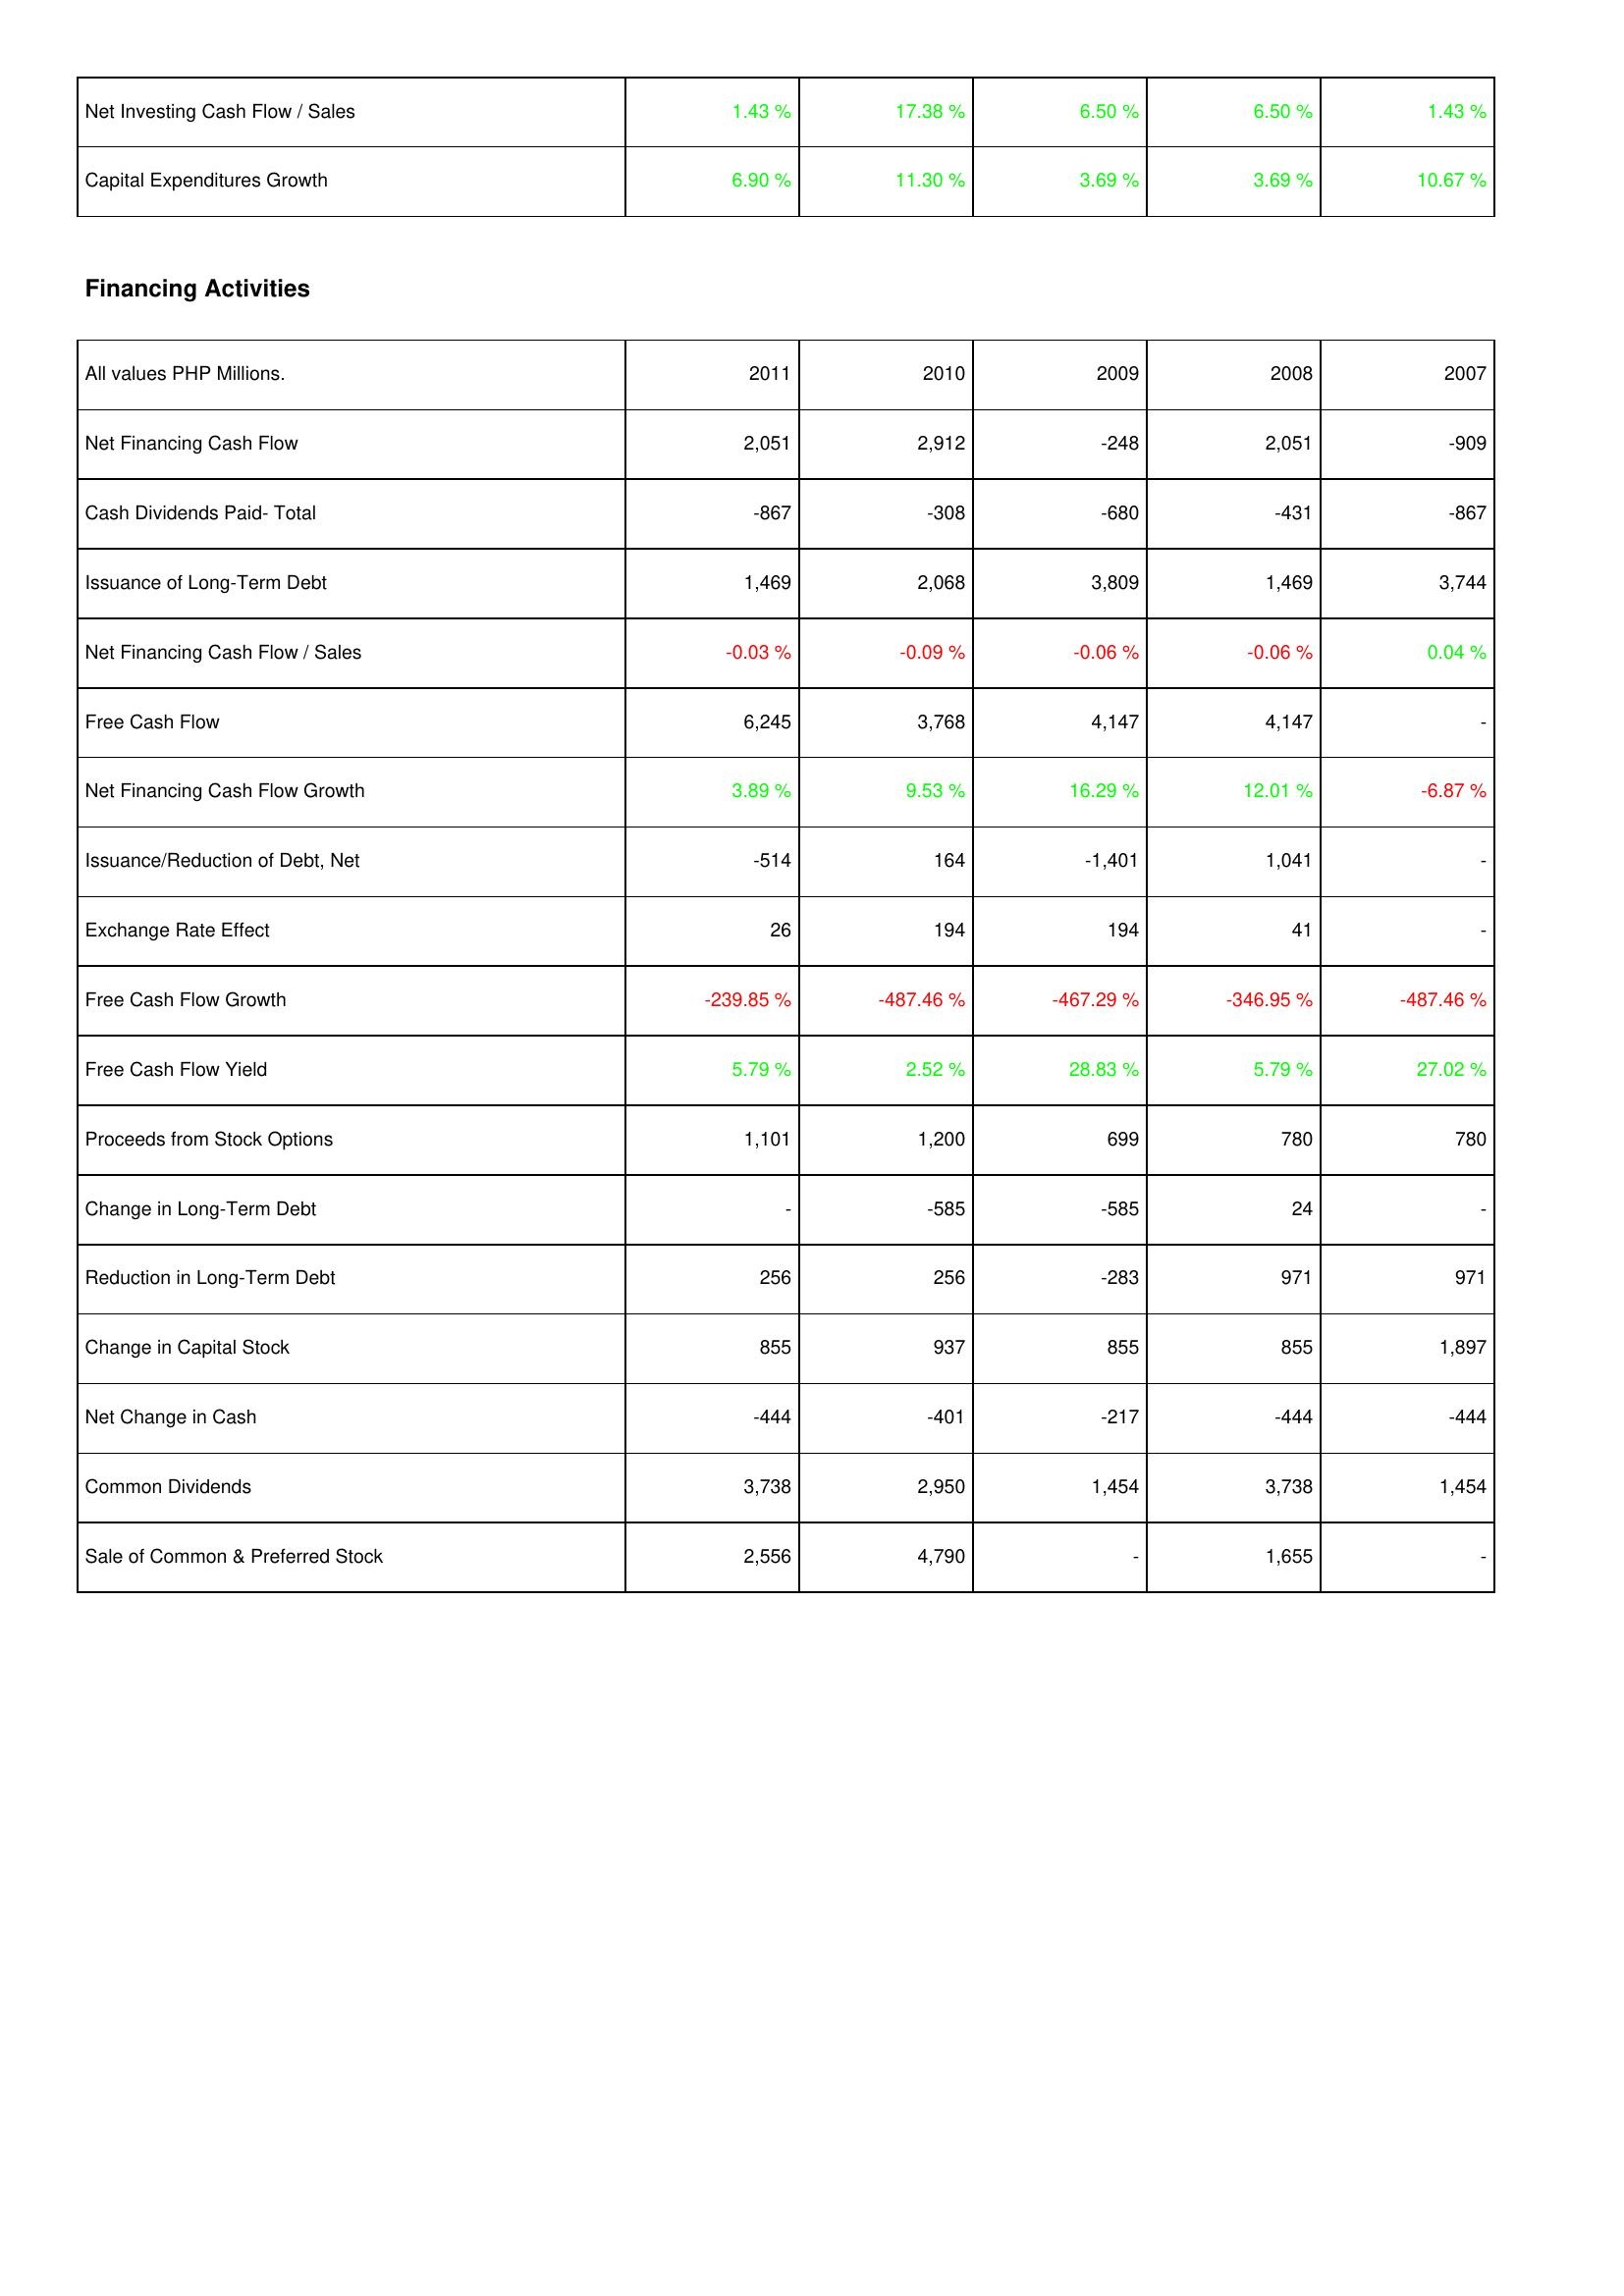
2011: Investing Activities: Net Investing Cash Flow / Sales: 1.43 %
Capital Expenditures Growth: 6.90 %
Financing Activities: Net Financing Cash Flow: 2,051
Cash Dividends Paid- Total: -867
Issuance of Long-Term Debt: 1,469
Net Financing Cash Flow / Sales: -0.03 %
Free Cash Flow: 6,245
Net Financing Cash Flow Growth: 3.89 %
Issuance/Reduction of Debt, Net: -514
Exchange Rate Effect: 26
Free Cash Flow Growth: -239.85 %
Free Cash Flow Yield: 5.79 %
Proceeds from Stock Options: 1,101
Change in Long-Term Debt: -
Reduction in Long-Term Debt: 256
Change in Capital Stock: 855
Net Change in Cash: -444
Common Dividends: 3,738
Sale of Common & Preferred Stock: 2,556
2010: Investing Activities: Net Investing Cash Flow / Sales: 17.38 %
Capital Expenditures Growth: 11.30 %
Financing Activities: Net Financing Cash Flow: 2,912
Cash Dividends Paid- Total: -308
Issuance of Long-Term Debt: 2,068
Net Financing Cash Flow / Sales: -0.09 %
Free Cash Flow: 3,768
Net Financing Cash Flow Growth: 9.53 %
Issuance/Reduction of Debt, Net: 164
Exchange Rate Effect: 194
Free Cash Flow Growth: -487.46 %
Free Cash Flow Yield: 2.52 %
Proceeds from Stock Options: 1,200
Change in Long-Term Debt: -585
Reduction in Long-Term Debt: 256
Change in Capital Stock: 937
Net Change in Cash: -401
Common Dividends: 2,950
Sale of Common & Preferred Stock: 4,790
2009: Investing Activities: Net Investing Cash Flow / Sales: 6.50 %
Capital Expenditures Growth: 3.69 %
Financing Activities: Net Financing Cash Flow: -248
Cash Dividends Paid- Total: -680
Issuance of Long-Term Debt: 3,809
Net Financing Cash Flow / Sales: -0.06 %
Free Cash Flow: 4,147
Net Financing Cash Flow Growth: 16.29 %
Issuance/Reduction of Debt, Net: -1,401
Exchange Rate Effect: 194
Free Cash Flow Growth: -467.29 %
Free Cash Flow Yield: 28.83 %
Proceeds from Stock Options: 699
Change in Long-Term Debt: -585
Reduction in Long-Term Debt: -283
Change in Capital Stock: 855
Net Change in Cash: -217
Common Dividends: 1,454
Sale of Common & Preferred Stock: -
2008: Investing Activities: Net Investing Cash Flow / Sales: 6.50 %
Capital Expenditures Growth: 3.69 %
Financing Activities: Net Financing Cash Flow: 2,051
Cash Dividends Paid- Total: -431
Issuance of Long-Term Debt: 1,469
Net Financing Cash Flow / Sales: -0.06 %
Free Cash Flow: 4,147
Net Financing Cash Flow Growth: 12.01 %
Issuance/Reduction of Debt, Net: 1,041
Exchange Rate Effect: 41
Free Cash Flow Growth: -346.95 %
Free Cash Flow Yield: 5.79 %
Proceeds from Stock Options: 780
Change in Long-Term Debt: 24
Reduction in Long-Term Debt: 971
Change in Capital Stock: 855
Net Change in Cash: -444
Common Dividends: 3,738
Sale of Common & Preferred Stock: 1,655
2007: Investing Activities: Net Investing Cash Flow / Sales: 1.43 %
Capital Expenditures Growth: 10.67 %
Financing Activities: Net Financing Cash Flow: -909
Cash Dividends Paid- Total: -867
Issuance of Long-Term Debt: 3,744
Net Financing Cash Flow / Sales: 0.04 %
Free Cash Flow: -
Net Financing Cash Flow Growth: -6.87 %
Issuance/Reduction of Debt, Net: -
Exchange Rate Effect: -
Free Cash Flow Growth: -487.46 %
Free Cash Flow Yield: 27.02 %
Proceeds from Stock Options: 780
Change in Long-Term Debt: -
Reduction in Long-Term Debt: 971
Change in Capital Stock: 1,897
Net Change in Cash: -444
Common Dividends: 1,454
Sale of Common & Preferred Stock: -